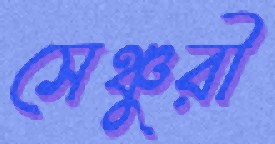
সেঞ্চুরী